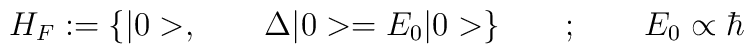
H_F := {\{ |0>, \qquad \Delta |0> = E_0 |0> }\} \qquad ; \qquad E_0  \propto \hbar